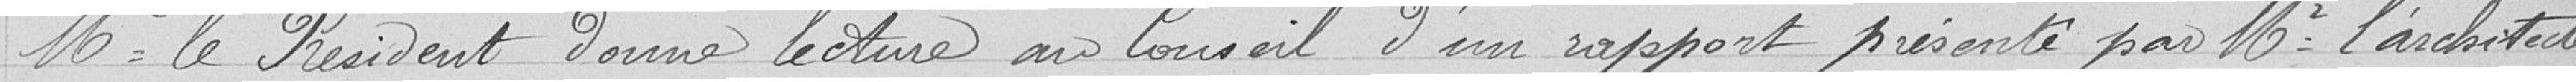
Monsieur le Président donne lecture au Conseil d'un rapport présenté par Monsieur l'architecte